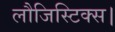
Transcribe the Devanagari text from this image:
लौजिस्टिक्स।